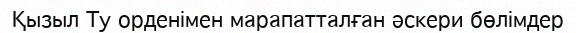
Қызыл Ту орденімен марапатталған әскери бөлімдер